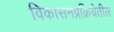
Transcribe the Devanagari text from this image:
विकासनप्रक्रियेतील